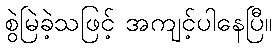
စွဲမြဲခဲ့သဖြင့် အကျင့်ပါနေပြီ။